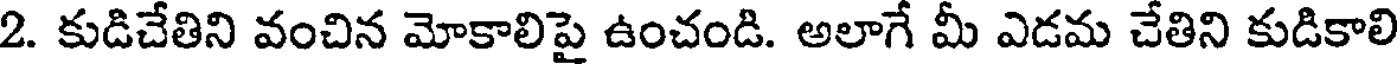
2. కుడిచేతిని వంచిన మోకాలిపై ఉంచండి. అలాగే మీ ఎడమ చేతిని కుడికాలి